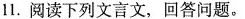
11. 阅读下列文言文，回答问题。